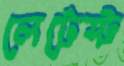
লেটেস্ট